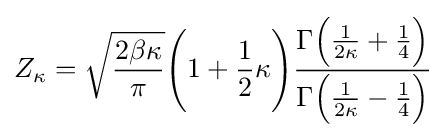
Z_{\kappa }={\sqrt {\frac {2\beta \kappa }{\pi }}}{\Bigg (}1+{\frac {1}{2}}\kappa {\Bigg )}{\frac {\Gamma {\Big (}{\frac {1}{2\kappa }}+{\frac {1}{4}}{\Big )}}{\Gamma {\Big (}{\frac {1}{2\kappa }}-{\frac {1}{4}}{\Big )}}}